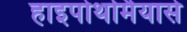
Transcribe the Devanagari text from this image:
हाइपोथर्मियासे